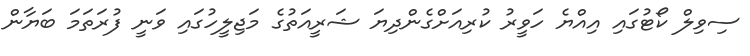
ސިވިލް ކޯޓުގައި އިއްޔެ ހަވީރު ކުރިއަށްގެންދިޔަ ޝަރީއަތުގެ މަޖިލީހުގައި ވަނީ ފުރަތަމަ ބަޔާން